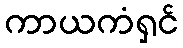
ကာယကံရှင်